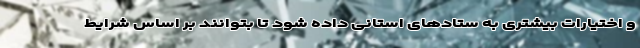
و اختیارات بیشتری به ستادهای استانی داده شود تا بتوانند بر اساس شرایط